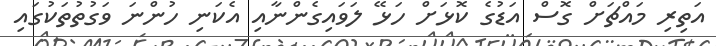
އަތިރި މައްޗަށް ގޮސް އަޑުގެ ކޮޅަށް ހަޅޭ ލަވައިގެންނާއި އެކަނި ހުންނަ ވަގުތުތަކުގައި